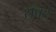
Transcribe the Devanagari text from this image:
राँबर्ट